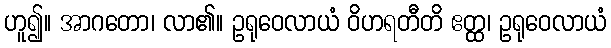
ဟူ၍။ အာဂတော၊ လာ၏။ ဥရုဝေလာယံ ဝိဟရတီတိ ဧတ္ထ၊ ဥရုဝေလာယံ